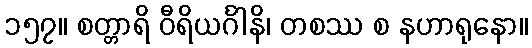
၁၅၇။ စတ္တာရိ ဝီရိယင်္ဂါနိ၊ တစဿ စ နဟာရုနော။